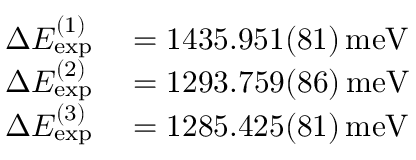
\begin{array} { r l } { \Delta E _ { \mathrm { e x p } } ^ { ( 1 ) } } & { { } = 1 4 3 5 . 9 5 1 ( 8 1 ) \, \mathrm { m e V } } \\ { \Delta E _ { \mathrm { e x p } } ^ { ( 2 ) } } & { { } = 1 2 9 3 . 7 5 9 ( 8 6 ) \, \mathrm { m e V } } \\ { \Delta E _ { \mathrm { e x p } } ^ { ( 3 ) } } & { { } = 1 2 8 5 . 4 2 5 ( 8 1 ) \, \mathrm { m e V } } \end{array}